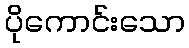
ပိုကောင်းသော